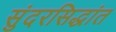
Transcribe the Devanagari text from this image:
सुंदरसिद्धांत